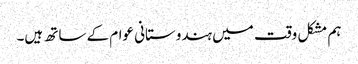
ہم مشکل وقت میں ہندوستانی عوام کے ساتھ ہیں۔